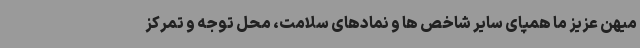
میهن عزیز ما همپای سایر شاخص ها و نمادهای سلامت، محل توجه و تمرکز